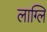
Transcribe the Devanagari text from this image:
लाग्लि